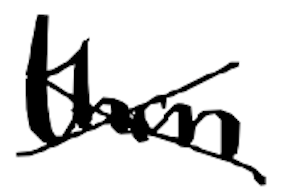
Text: than
Cross-out: cross
Writing tool: digital_black